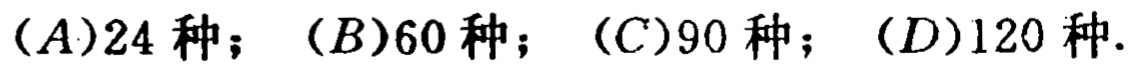
(A)24 种；(B)60 种；(C)90 种；(D)120 种.